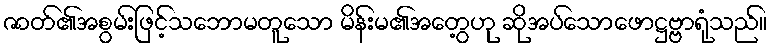
ဇာတ်၏အစွမ်းဖြင့်သဘောမတူသော မိန်းမ၏အတွေ့ဟု ဆိုအပ်သောဖောဋ္ဌဗ္ဗာရုံသည်။